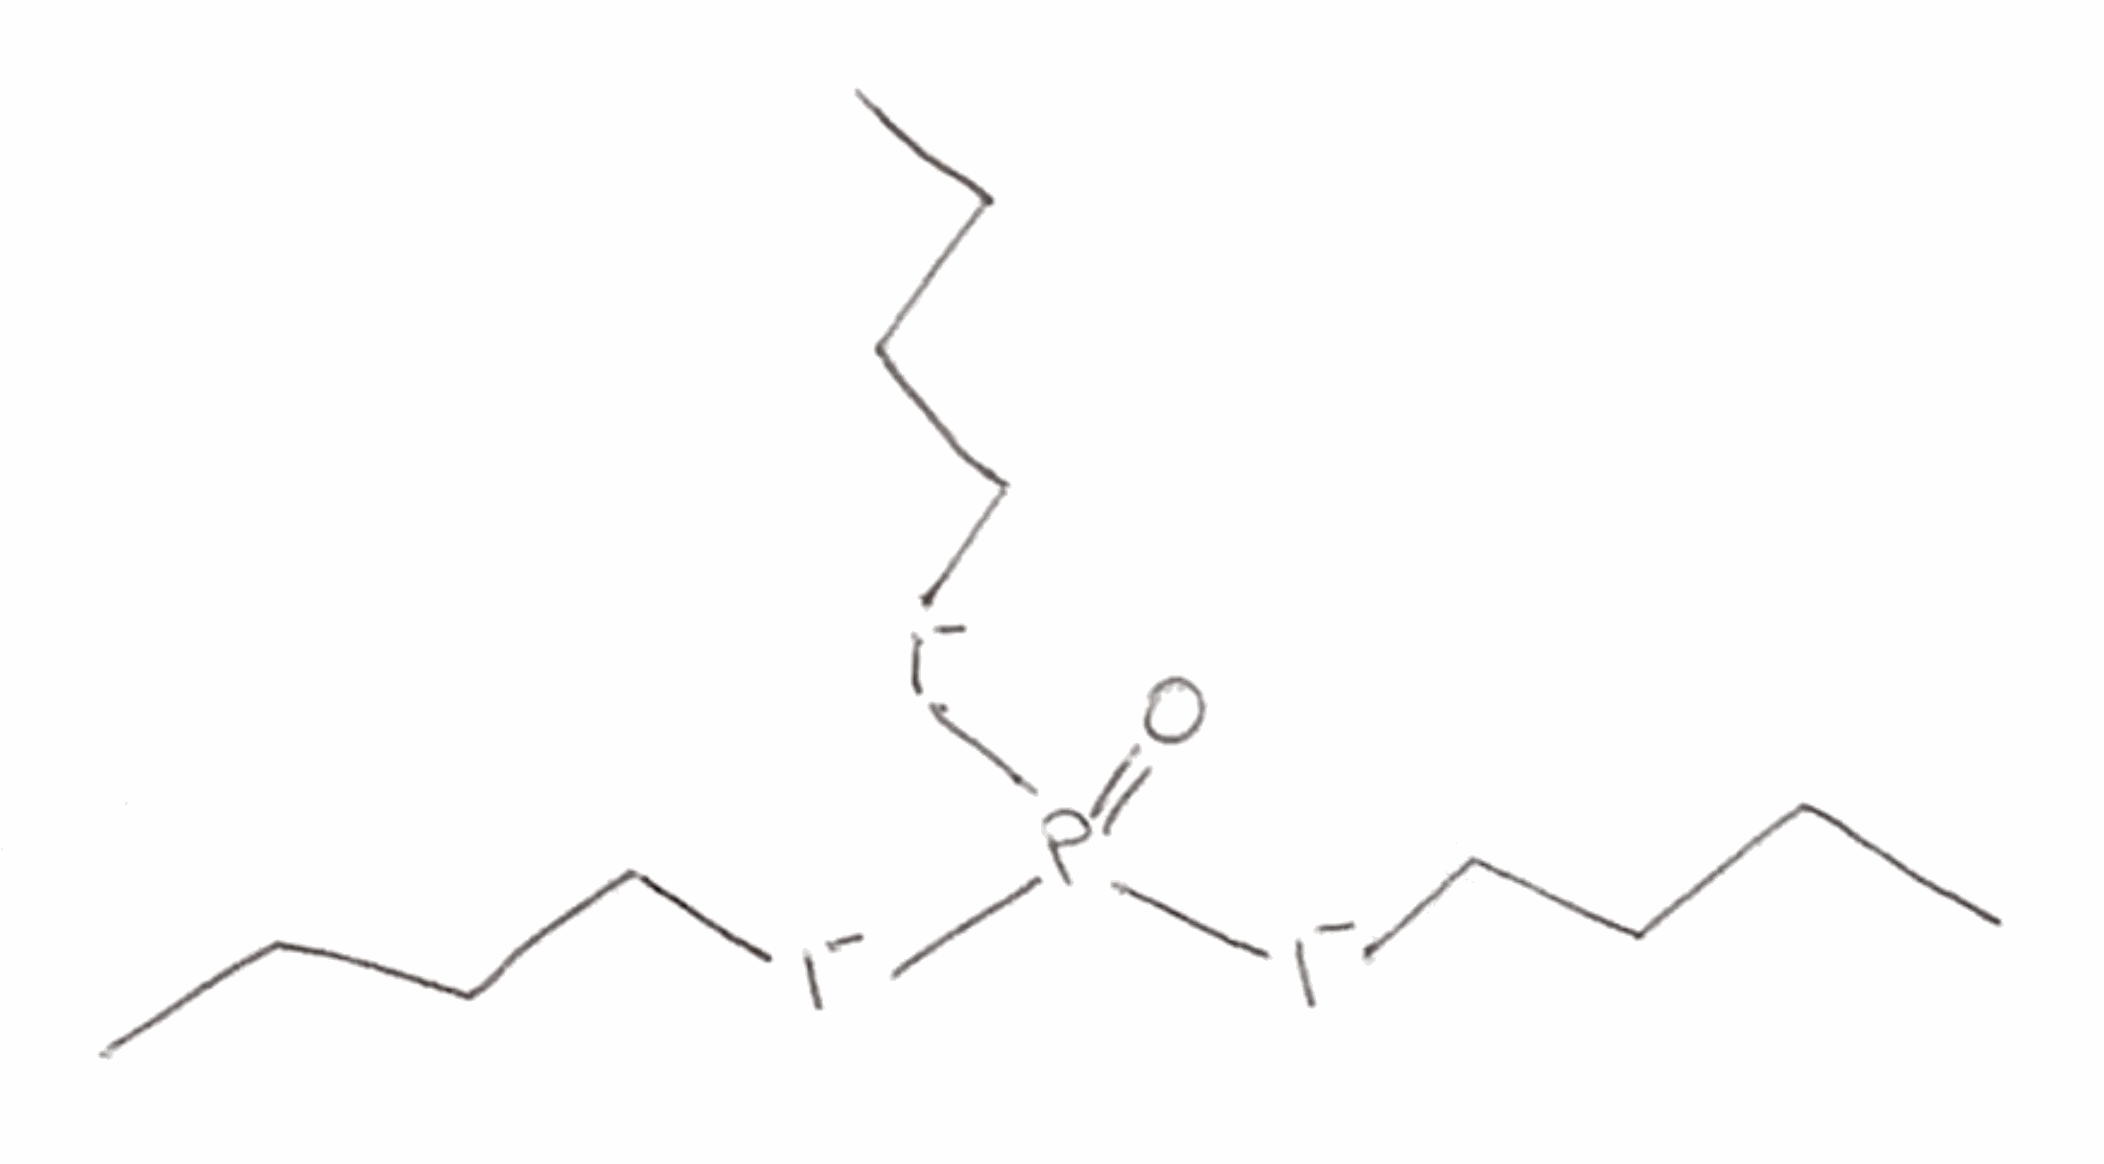
Simplified molecular-input line-entry system (SMILES) notation of the given molecule:
CCCC[I-]P(=O)([I-]CCCC)[I-]CCCC